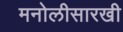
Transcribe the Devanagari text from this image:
मनोलीसारखी